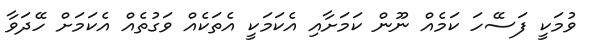
ވުމަކީ ފަސޭހަ ކަމެއް ނޫން ކަމަށާއި އެކަމަކީ އެތަކެއް ވަގުތެއް އެކަމަށް ހޭދަވާ